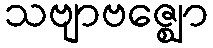
သဗျာဗဇ္ဈော